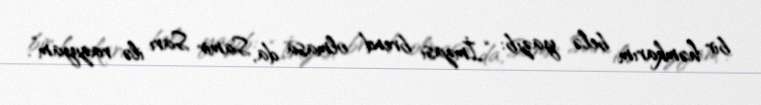
bir həmkarım belə yazıb: “İmzası brend olmasa da, Samir Sarı ilə razıyam”.